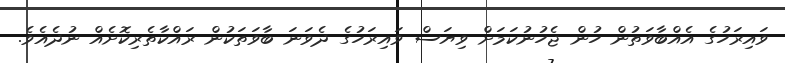
ވައިރަހުގެ އެއްބާވަތުން ހުން ޖެހުނުކަމަށް ވިޔަސް ވައިރަހުގެ ދެވަނަ ބާވަތަކުން ރައްކާތެރިކޮށެއް ނުދެއެވެ.